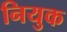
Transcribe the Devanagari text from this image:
नियुक